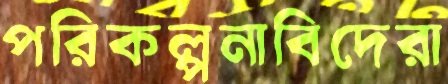
পরিকল্পনাবিদেরা